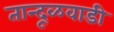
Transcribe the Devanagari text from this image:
तान्दूळवाडी